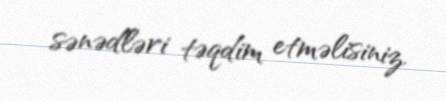
sənədləri təqdim etməlisiniz.